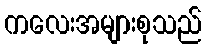
ကလေးအများစုသည်